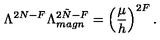
\Lambda ^ { 2 N - F } \Lambda _ { m a g n } ^ { 2 \tilde { N } - F } = \left( \frac { \mu } { h } \right) ^ { 2 F } .